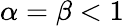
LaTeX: \alpha=\beta<1